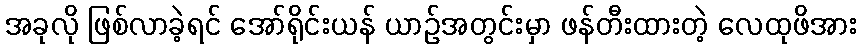
အခုလို ဖြစ်လာခဲ့ရင် အော်ရိုင်းယန် ယာဉ်အတွင်းမှာ ဖန်တီးထားတဲ့ လေထုဖိအား